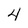
Character: 4